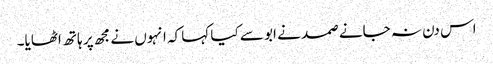
اس دن نہ جانے صمد نے ابو سے کیا کہا کہ انہوں نے مجھ پر ہاتھ اٹھایا۔